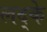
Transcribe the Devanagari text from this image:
लद्के